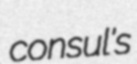
consul's